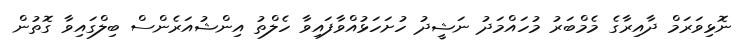
ނޮޅިވަރަމް ދާއިރާގެ މެމްބަރު މުހައްމަދު ނަޝީދު ހުށަހަޅުއްވާފައިވާ ހެލްތު އިންޝުއަރެންސް ބިލްގައިވާ ގޮތުން